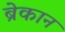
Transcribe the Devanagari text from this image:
ब्रेकान